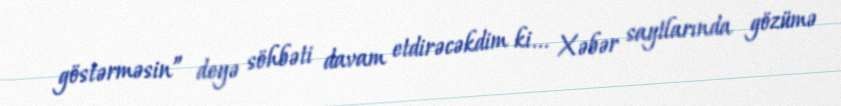
göstərməsin” deyə söhbəti davam etdirəcəkdim ki... Xəbər saytlarında gözümə